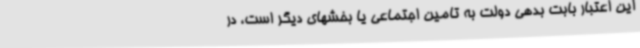
این اعتبار بابت بدهی دولت به تامین اجتماعی یا بخشهای دیگر است، در